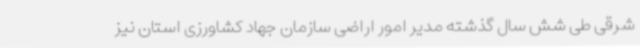
شرقی طی شش سال گذشته مدیر امور اراضی سازمان جهاد کشاورزی استان نیز